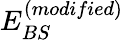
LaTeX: E_{BS}^{(modified)}